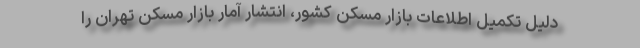
دلیل تکمیل اطلاعات بازار مسکن کشور، انتشار آمار بازار مسکن تهران را